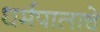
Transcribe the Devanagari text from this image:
धर्मपालाचे